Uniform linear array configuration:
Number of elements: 4
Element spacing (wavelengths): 0.75
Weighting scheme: blackman
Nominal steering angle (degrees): -15
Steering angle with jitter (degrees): -13.731
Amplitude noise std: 0.05
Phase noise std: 0.05

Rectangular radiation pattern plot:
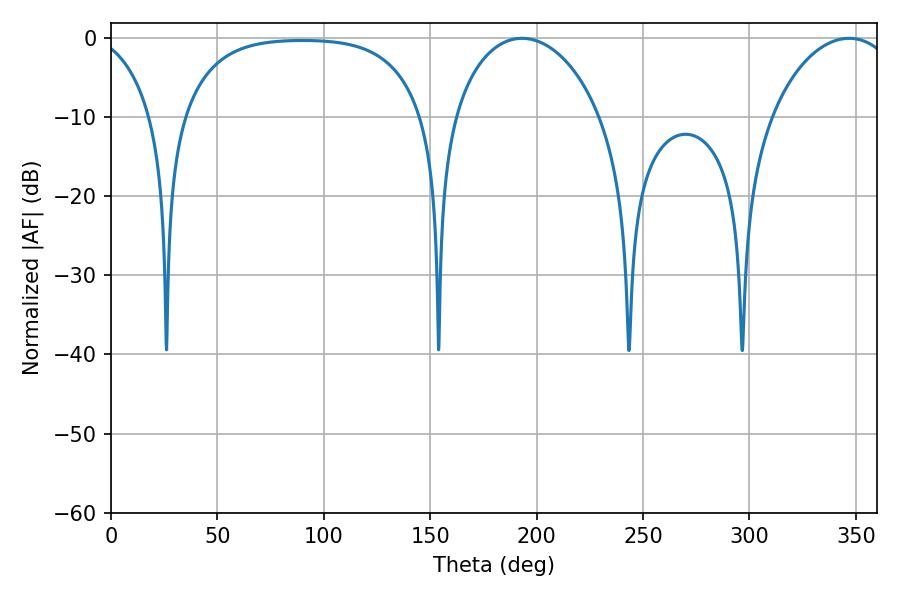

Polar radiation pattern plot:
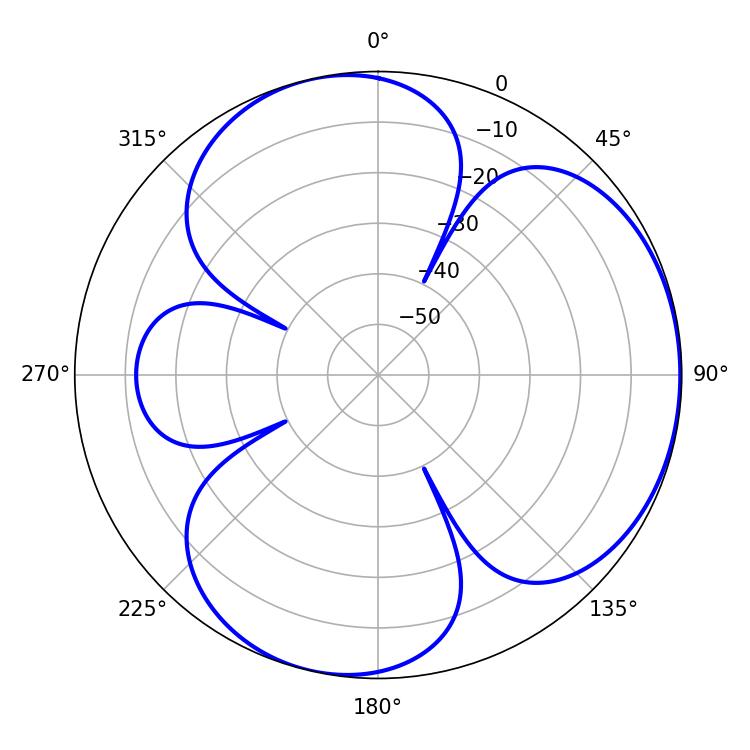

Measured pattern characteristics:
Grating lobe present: TRUE
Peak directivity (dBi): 4.107
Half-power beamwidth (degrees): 39.96
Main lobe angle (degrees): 193.14